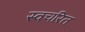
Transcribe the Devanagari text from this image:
स्वचरित